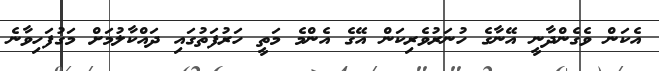
އެކަން ވެގެންދާނީ އޭނާގެ ހުނަރުވެރިކަން އޭގެ އެންމެ މަތީ ހަރުފަތުގައި ދައްކާލުމަށް މަގުފަހިވާނެ